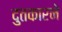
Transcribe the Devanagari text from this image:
दुतकारने